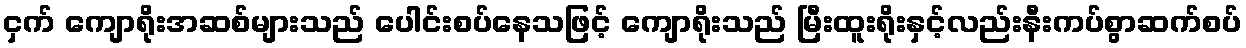
ငှက် ကျောရိုးအဆစ်များသည် ပေါင်းစပ်နေသဖြင့် ကျောရိုးသည် မြီးထူးရိုးနှင့်လည်းနီးကပ်စွာဆက်စပ်